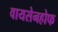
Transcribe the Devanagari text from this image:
वायसेनहोफ